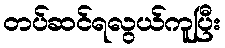
တပ်ဆင်ရလွယ်ကူပြီး